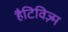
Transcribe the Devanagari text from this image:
हैटिविज़्म